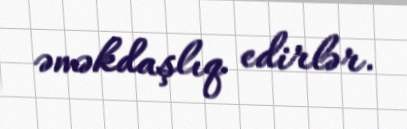
əməkdaşlıq edirlər.